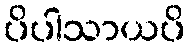
ပိပါသာယပိ